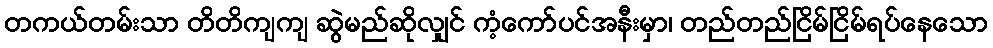
တကယ်တမ်းသာ တိတိကျကျ ဆွဲမည်ဆိုလျှင် ကံ့ကော်ပင်အနီးမှာ၊ တည်တည်ငြိမ်ငြိမ်ရပ်နေသော